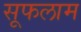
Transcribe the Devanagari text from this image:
सूफलाम